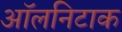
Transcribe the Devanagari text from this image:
ऑलनिटाक